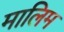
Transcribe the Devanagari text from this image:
मालिम